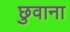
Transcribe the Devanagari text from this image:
छुवाना